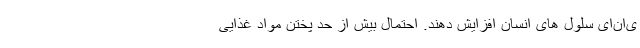
ی‌ان‌ای سلول های انسان افزایش دهند. احتمال بیش از حد پختن مواد غذایی